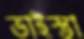
ভাইস্তা